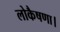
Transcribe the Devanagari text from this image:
लोकैषणा।